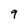
Character: 9